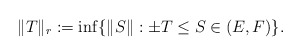
\begin{align*} \|T\|_r:=\inf\{\|S\|:\pm T\le S\in(E,F)\}.\end{align*}